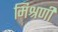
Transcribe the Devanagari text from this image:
मिश्रणी